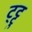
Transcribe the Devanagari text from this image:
ट्ट्टु